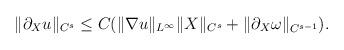
LaTeX: \begin{align*}\|\partial_Xu\|_{C^s}\leq C(\|\nabla u\|_{L^\infty}\|X\|_{C^s}+\|\partial_X\omega\|_{C^{s-1}}).\end{align*}